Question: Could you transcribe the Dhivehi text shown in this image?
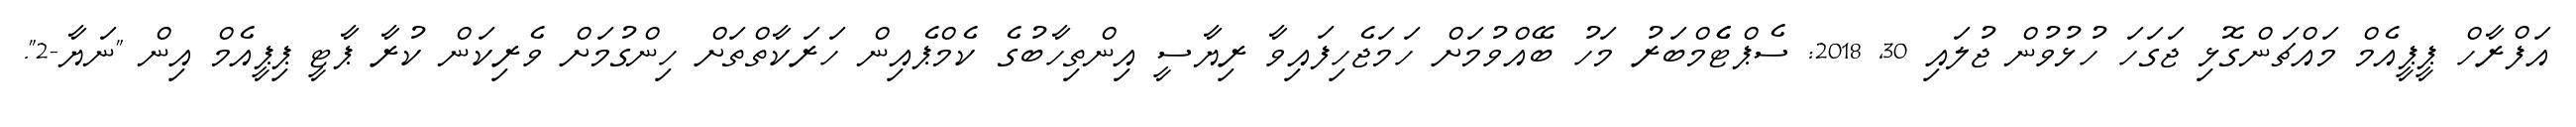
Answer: އަފްރާހް ޕީޕީއެމް މައްޗަންގޮޅި ޖަގަހަ ހުޅުވުން ޖުލައި 30, 2018: ސެޕްޓެެމްބަރު މަހު ބޭއްވުމަށް ހަމަޖެހިފައިވާ ރިޔާސީ އިންތިހާބުގެ ކެމްޕެއިން ހަރަކާތްތަށް ހިންގުމަށް ވެރިކަން ކުރާ ޕާޓީ ޕިޕީއެމް އިން "ނަޔާ-2".